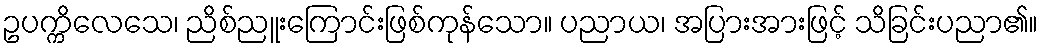
ဥပက္ကိလေသေ၊ ညိစ်ညူးကြောင်းဖြစ်ကုန်သော။ ပညာယ၊ အပြားအားဖြင့် သိခြင်းပညာ၏။